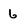
Character: 6